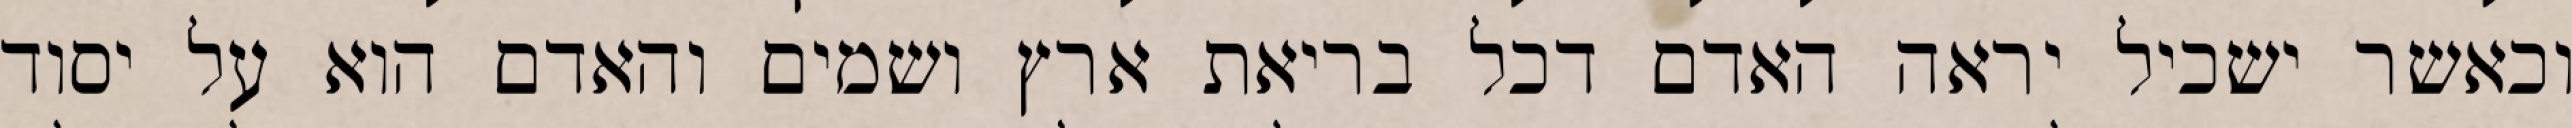
וכאשר ישכיל יראה האדם דכל בריאת ארץ ושמים והאדם הוא על יסוד